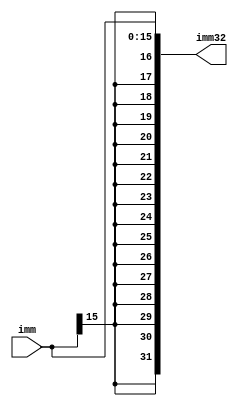
`timescale 1ns / 1ps
//////////////////////////////////////////////////////////////////////////////////
// Company: 
// Engineer: 
// 
// Design Name: 
// Module Name: ImmediateExtender
// Project Name: 
// Target Devices: 
// Tool Versions: 
// Description: 
// 
// Dependencies: 
// 
// Revision:
// Revision 0.01 - File Created
// Additional Comments:
// 
//////////////////////////////////////////////////////////////////////////////////


module ImmediateExtender(
    input [15:0] imm,
    output reg [31:0] imm32

    );
    always @(*) begin
        imm32 <= {{16{imm[15]}},imm[15:0]};
    end    
endmodule